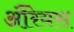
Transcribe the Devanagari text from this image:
औरेयस